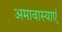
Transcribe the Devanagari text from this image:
अमावास्याएं